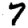
Digit: 7